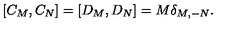
\left[ C _ { M } , C _ { N } \right] = \left[ D _ { M } , D _ { N } \right] = M \delta _ { M , - N } .